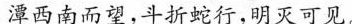
潭西南而望，斗折蛇行，明灭可见。